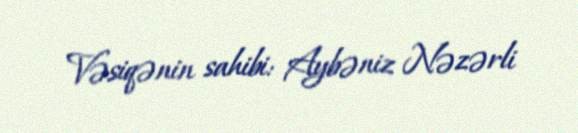
Vəsiqənin sahibi: Aybəniz Nəzərli